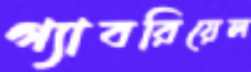
গ্যাবরিয়েল